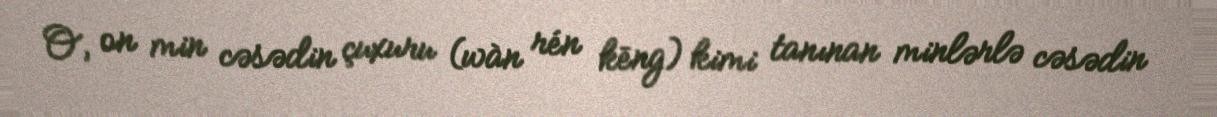
O, on min cəsədin çuxuru (wàn rén kēng) kimi tanınan minlərlə cəsədin